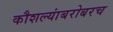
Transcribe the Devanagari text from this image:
कौशल्यांबरोबरच